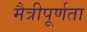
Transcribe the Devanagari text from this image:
मैत्रीपूर्णता